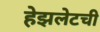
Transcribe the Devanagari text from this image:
हेझलेटची